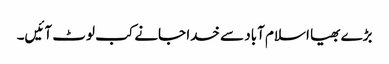
بڑے بھیا اسلام آباد سے خدا جانے کب لوٹ آئیں۔